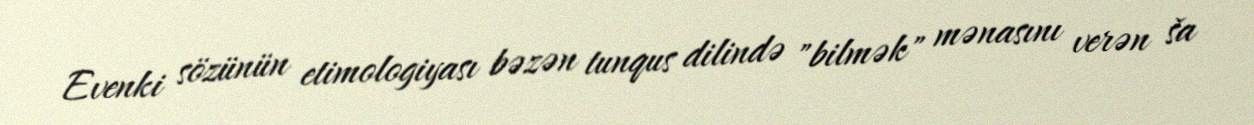
Evenki sözünün etimologiyası bəzən tunqus dilində "bilmək" mənasını verən ša